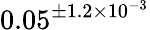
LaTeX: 0.05^{\pm 1.2\times 10^{-3}}